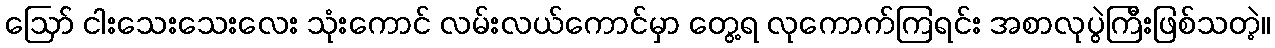
ဪ ငါးသေးသေးလေး သုံးကောင် လမ်းလယ်ကောင်မှာ တွေ့ရ လုကောက်ကြရင်း အစာလုပွဲကြီးဖြစ်သတဲ့။